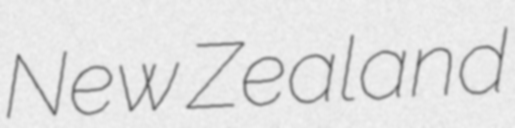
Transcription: New Zealand